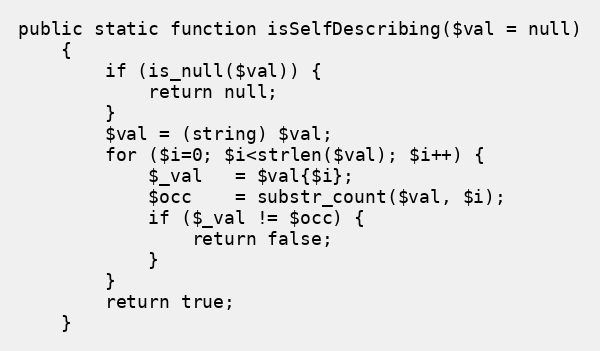
Language: PHP
public static function isSelfDescribing($val = null)
    {
        if (is_null($val)) {
            return null;
        }
        $val = (string) $val;
        for ($i=0; $i<strlen($val); $i++) {
            $_val   = $val{$i};
            $occ    = substr_count($val, $i);
            if ($_val != $occ) {
                return false;
            }
        }
        return true;
    }